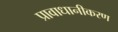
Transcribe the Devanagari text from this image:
प्रावाधानीकरण